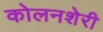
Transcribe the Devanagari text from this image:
कोलनशेरी